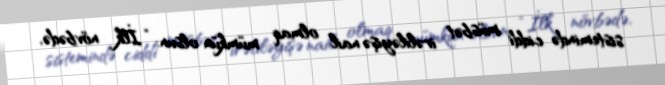
sistemində ciddi müsbət irəliləyişə nail olmaq mümkün olsun: “İlk növbədə,